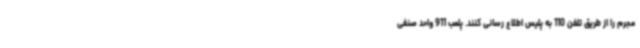
مجرم را از طریق تلفن 110 به پلیس اطلاع رسانی کنند. پلمب 911 واحد صنفی